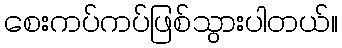
စေးကပ်ကပ်ဖြစ်သွားပါတယ်။